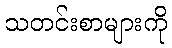
သတင်းစာများကို